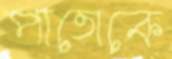
পাতোকে